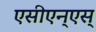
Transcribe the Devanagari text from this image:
एसीएन्एस्